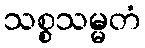
သစ္စသမ္မတံ